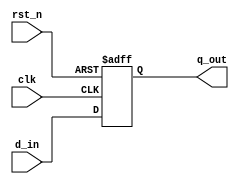
module synchronous_register (
    input wire clk,         // Clock input
    input wire rst_n,      // Active low reset
    input wire [7:0] d_in, // 8-bit data input
    output reg [7:0] q_out // 8-bit data output (register)
);

// Always block sensitive to the rising edge of the clock or the active low reset
always @(posedge clk or negedge rst_n) begin
    if (!rst_n) begin
        // Asynchronous reset: clear the output
        q_out <= 8'b0; // Non-blocking assignment for reset
    end else begin
        // Update the output with the input data
        q_out <= d_in; // Non-blocking assignment for data input
    end
end

endmodule